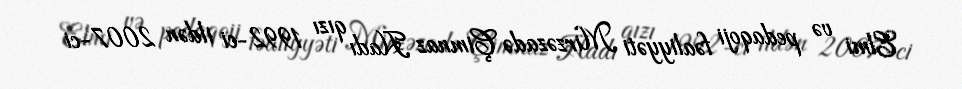
Elmi və pedaqoji fəaliyyəti Mirzəzadə Çimnaz Hadı qızı 1992-ci ildən 2007-ci